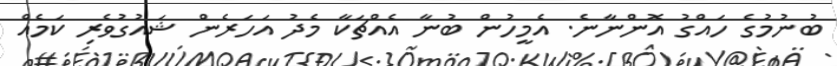
ބުނުމުގެ ހައްގު އޮންނާނެ. އެމީހުން ބުނާ އެއްޗަކާ މެދު އަހަރެން ޝައުގުވެރި ކަމެއް